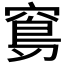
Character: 𥧈